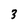
Character: 3